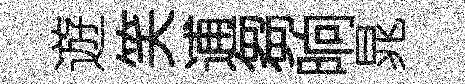
遊笑逋芻晌晁